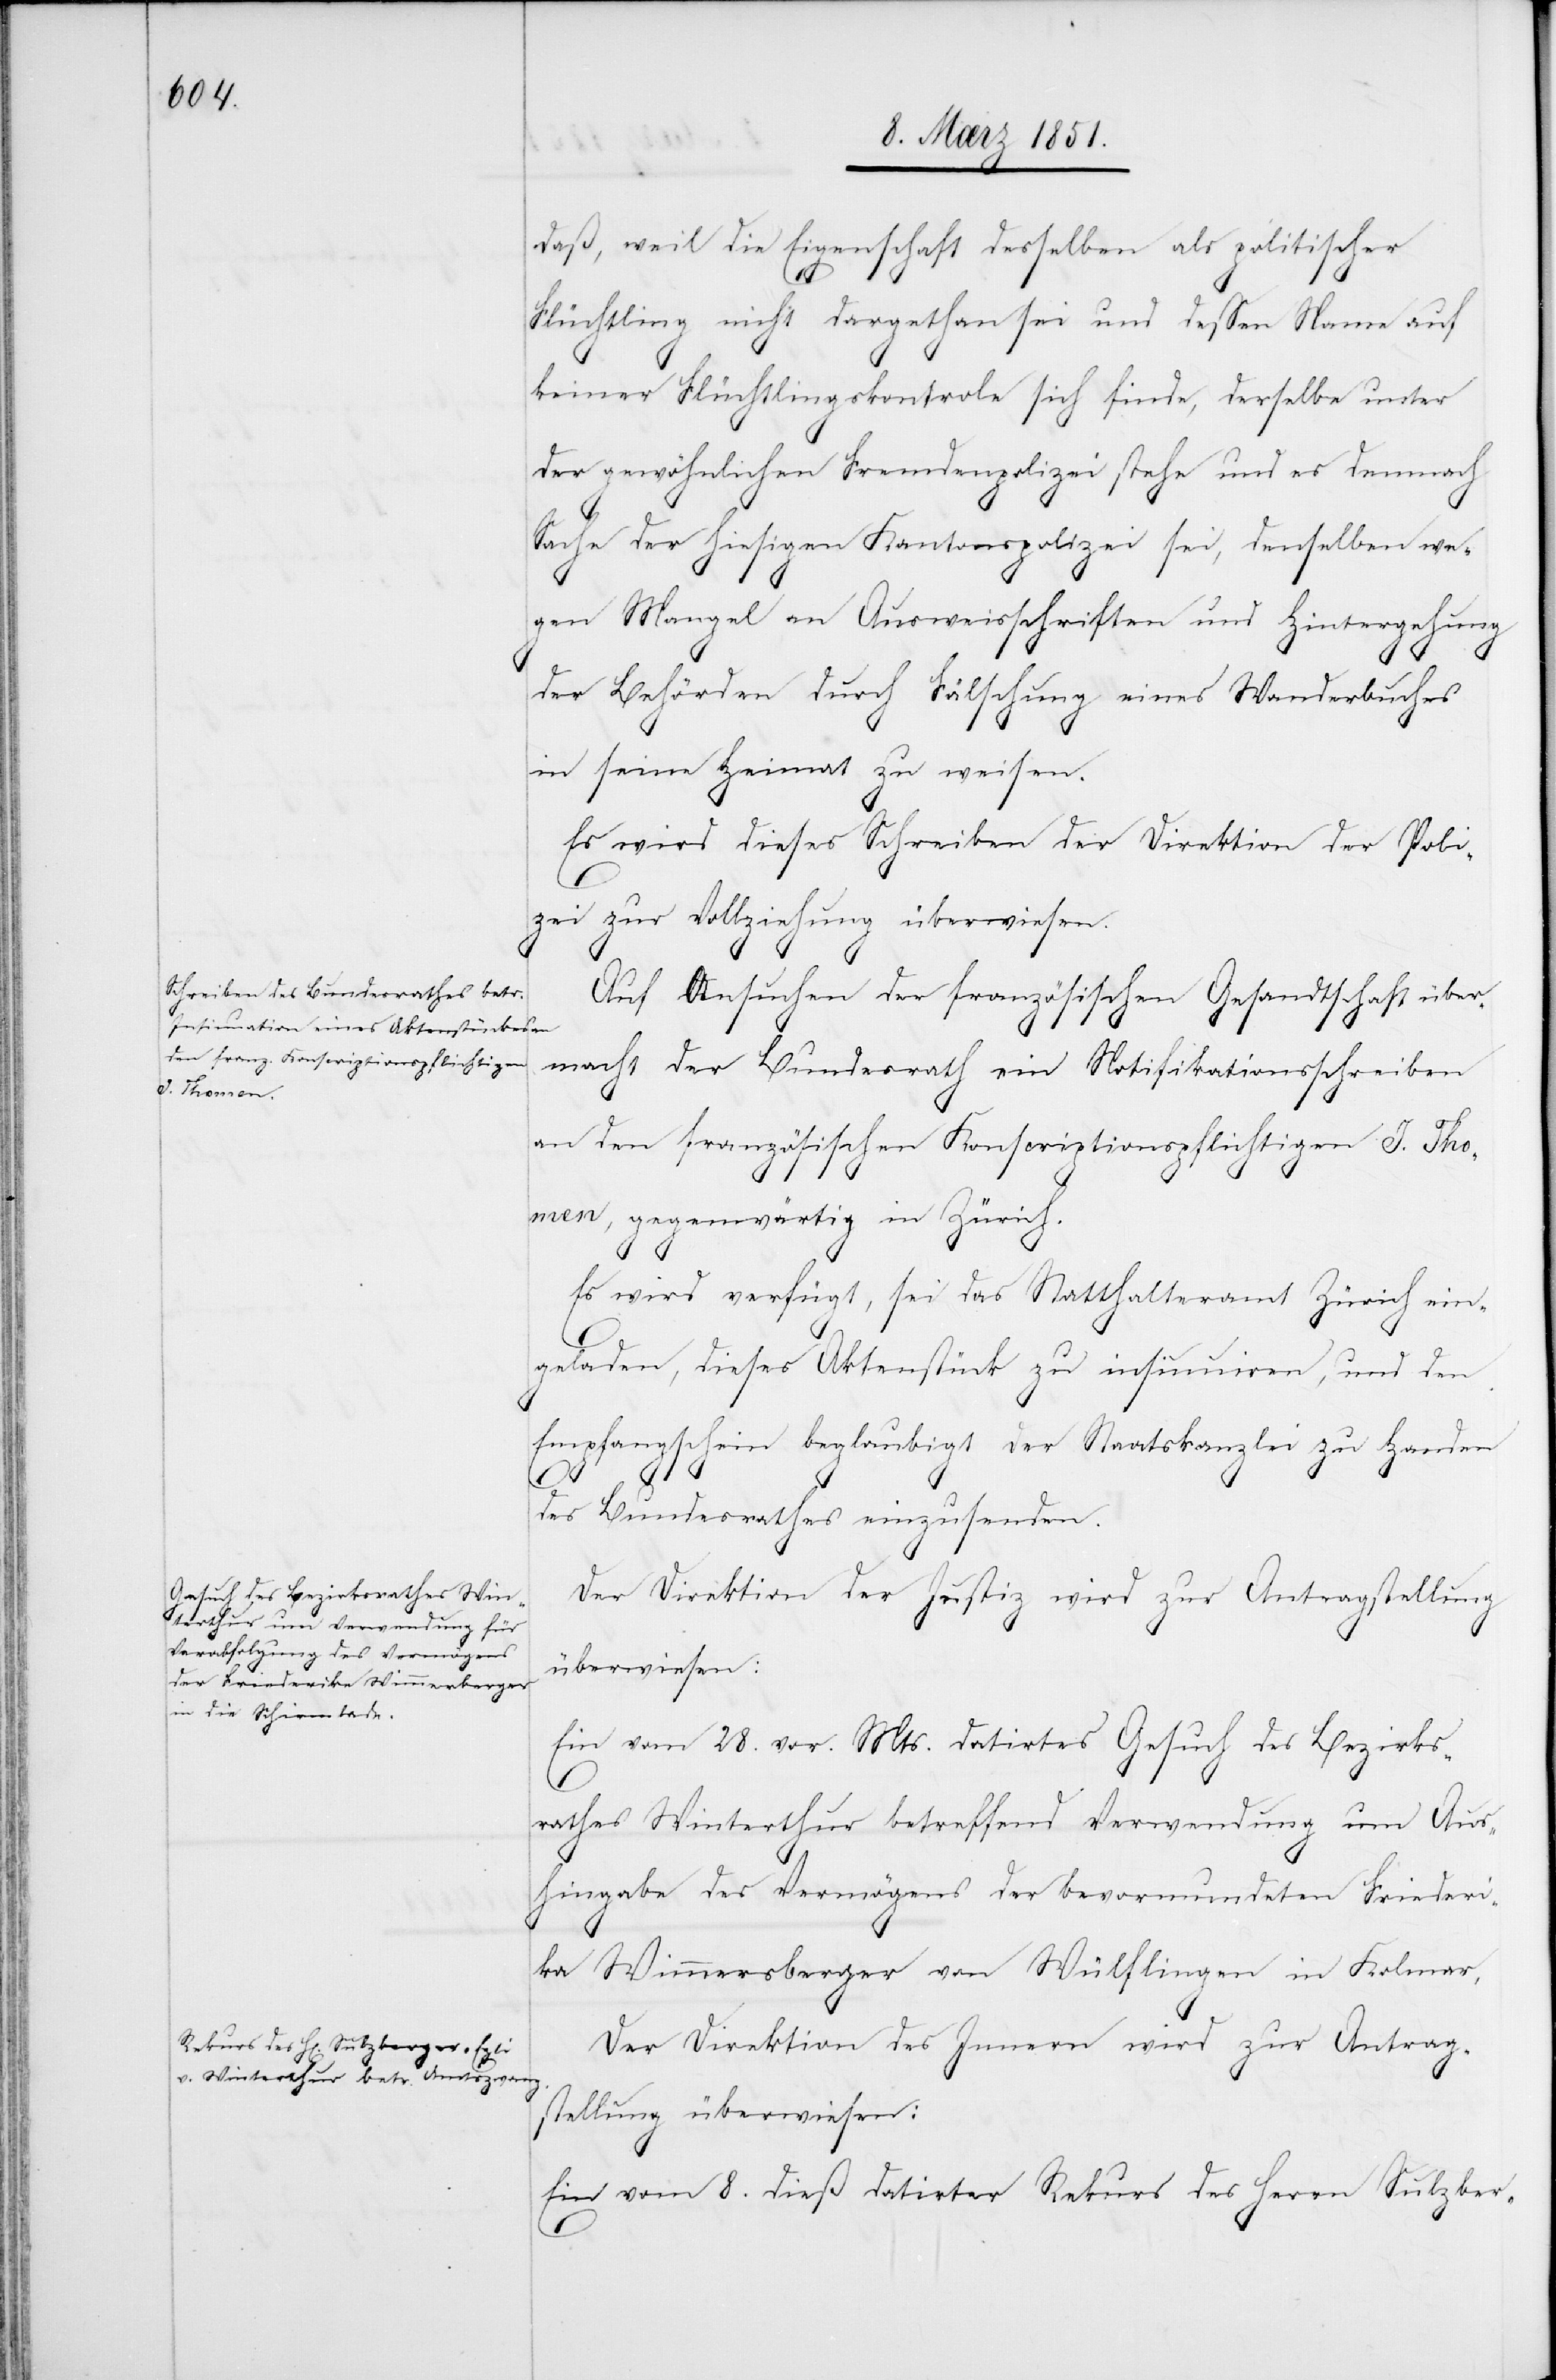
daß, weil die Eigenschaft desselben als politischer
Flüchtling nicht dargethan sei und dessen Name auf
keiner Flüchtlingskontrole sich finde, derselbe unter
der gewöhnlichen Fremdenpolizei stehe und es demnach
Sache der hiesigen Kantonspolizei sei, denselben we¬
gen Mangel an Ausweisschriften und Hintergehung
der Behörden durch Fälschung eines Wanderbuches
in seine Heimat zu weisen.
Es wird dieses Schreiben der Direktion der Poli¬
zei zur Vollziehung überwiesen.
9.
Auf Ansuchen der französischen Gesandtschaft über¬
macht der Bundesrath ein Notifikationsschreiben
an den französischen Konscriptionspflichtigen J. Tho¬
men, gegenwärtig in Zürich.
Es wird verfügt, sei das Statthalteramt Zürich ein¬
geladen, dieses Aktenstück zu insinuiren, und den
Empfangschein beglaubigt der Staatskanzlei zu Handen
des Bundesrathes einzusenden.
Der Direktion der Justiz wird zur Antragstellung
überwiesen:
Ein vom 28. vor. Mts. datirtes Gesuch des Bezirks¬
rathes Winterthur betreffend Verwendung um Aus¬
hingabe des Vermögens der bevormundeten Friederika
Wimmersberger [sic!] von Wülflingen in Kolmar.
Der Direktion des Innern wird zur Antrag¬
stellung überwiesen:
Ein vom 8. dieß datirter Rekurs des Herrn Sulzber-